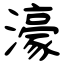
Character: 濠